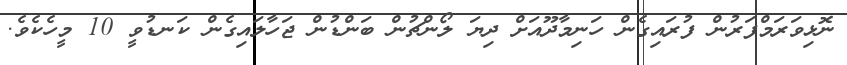
ނޮޅިވަރަމްފަރުން ފުރައިގެން ހަނިމާދޫއަށް ދިޔަ ލޯންޗުން ބަންޑުން ޖަހާލައިގެން ކަނޑުވީ 10 މީހެކެވެ.